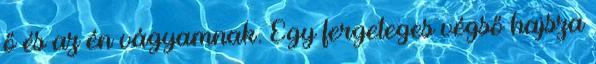
ő és az én vágyamnak. Egy fergeteges végső hajsza